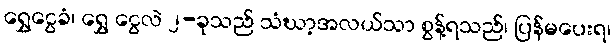
ရွှေငွေခံ၊ ရွှေ ငွေလဲ ၂-ခုသည် သံဃာ့အလယ်သာ စွန့်ရသည်၊ ပြန်မပေးရ၊